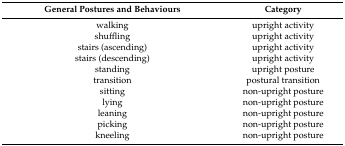
<table><thead><tr><td><b>General Postures and Behaviours</b></td><td><b>Category</b></td></tr></thead><tbody><tr><td>walking</td><td>upright activity</td></tr><tr><td>shuffling</td><td>upright activity</td></tr><tr><td>stairs (ascending)</td><td>upright activity</td></tr><tr><td>stairs (descending)</td><td>upright activity</td></tr><tr><td>standing</td><td>upright posture</td></tr><tr><td>transition</td><td>postural transition</td></tr><tr><td>sitting</td><td>non-upright posture</td></tr><tr><td>lying</td><td>non-upright posture</td></tr><tr><td>leaning</td><td>non-upright posture</td></tr><tr><td>picking</td><td>non-upright posture</td></tr><tr><td>kneeling</td><td>non-upright posture</td></tr></tbody></table>